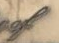
of